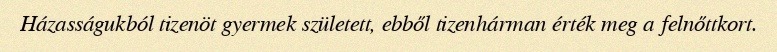
Házasságukból tizenöt gyermek született, ebből tizenhárman érték meg a felnőttkort.